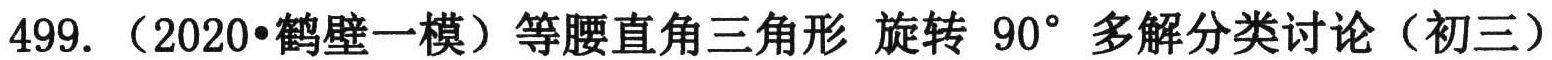
499. （2020•鹤壁一模）等腰直角三角形 旋转 \(90^{\circ}\) 多解分类讨论（初三）